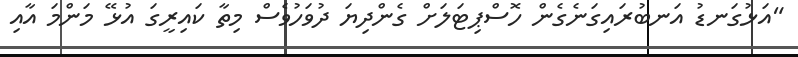
"އަޅުގަނޑު އަނބުރައިގަނެގެެން ހޮސްޕިޓަލަށް ގެެންދިޔަ ދުވަހުވެސް މިތާ ކައިރީގަ އުޅޭ މަންމަ އާއި